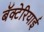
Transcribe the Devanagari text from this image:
बॅक्टेरियाई